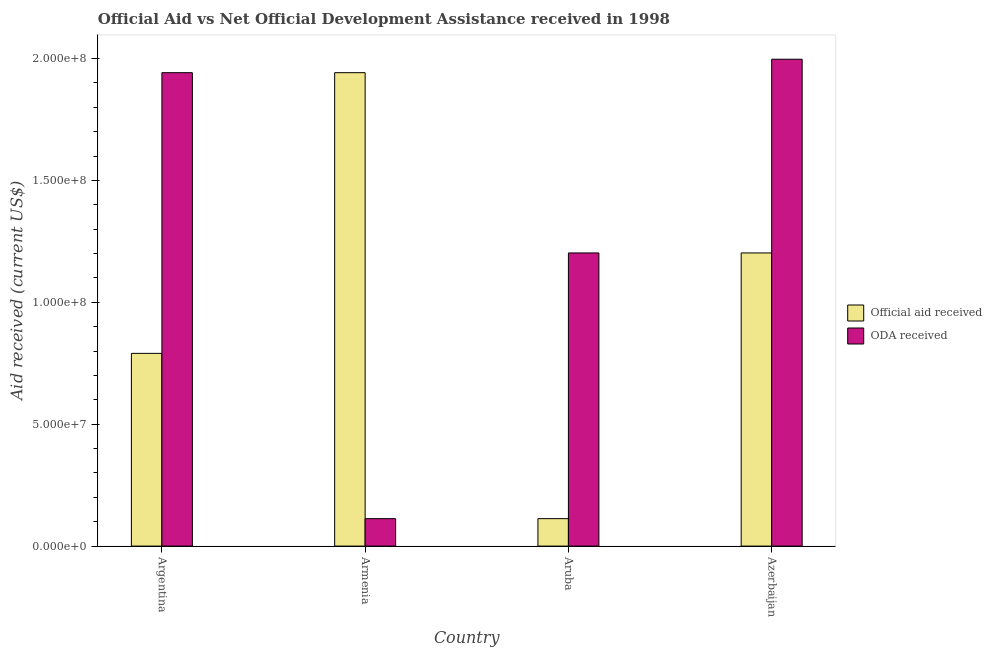
| Country | Official aid received | ODA received |
 | --- | --- | --- |
 | Argentina | 7.91e+07 | 1.94e+08 |
 | Armenia | 1.94e+08 | 1.13e+07 |
 | Aruba | 1.13e+07 | 1.2e+08 |
 | Azerbaijan | 1.2e+08 | 2e+08 |